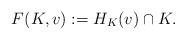
LaTeX: \begin{align*}F(K,v):=H_{K}(v)\cap K.\end{align*}